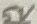
Text: 5V